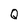
Character: Q